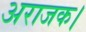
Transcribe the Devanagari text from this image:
अराजक।